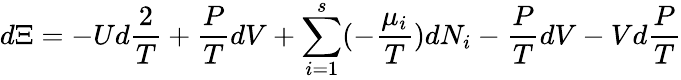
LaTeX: d\Xi=-Ud{\frac{2}{T}}+{\frac{P}{T}}dV+\sum_{i=1}^{s}(-{\frac{\mu_{i}}{T}})dN_{i}-{\frac{P}{T}}dV-Vd{\frac{P}{T}}